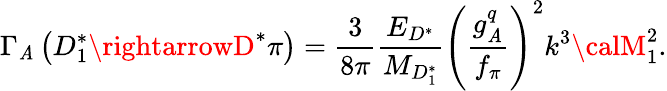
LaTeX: \Gamma_{\mathit{A}}\left(D_{1}^{*}\rightarrowD^{*}\pi\right)={\frac{{3}}{{8\pi}}}{\frac{{E_{D^{*}}}}{{M_{D_{1}^{*}}}}}\left({\frac{{g_{\mathit{A}}^{q}}}{{f_{\pi}}}}\right)^{2}k^{3}{\calM}_{1}^{2}.